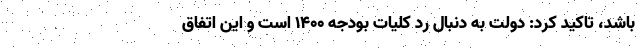
باشد، تاکید کرد: دولت به دنبال رد کلیات بودجه ۱۴۰۰ است و این اتفاق